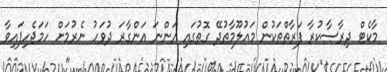
މާކެޓް ދިރާސާކުރާ ފަރާތްތަކުން މައުލޫމާތުދޭ ގޮތުގައި އަންނަ އަންގާރަ ދުވަހު ނެރުމަށް ހަމަޖެހިފައިވާ